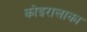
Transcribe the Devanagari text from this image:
कोइरालाका